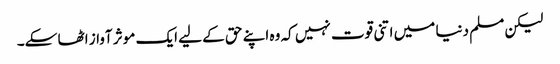
لیکن مسلم دنیا میں اتنی قوت نہیں کہ وہ اپنے حق کے لیے ایک موثر آواز اٹھا سکے۔